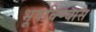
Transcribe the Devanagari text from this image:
भूषविण्यास